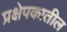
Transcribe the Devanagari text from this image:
प्रक्षेपकातील